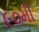
૯૦મી